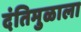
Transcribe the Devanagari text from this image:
दंतिमुळाला